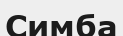
Симба